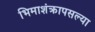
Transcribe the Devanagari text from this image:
भिमाशंक्रापसल्या